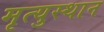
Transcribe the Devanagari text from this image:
मृत्युस्थान